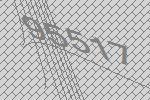
95517